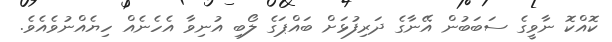
ކޮއްކޮ ނާވީގެ ސަބަބުން އޭނާގެ ދަރިފުޅަށް ބައްޕަގެ ލޯބި އުނިވާ އެހެނެއް ހިޔެއްނުވެއެވެ.